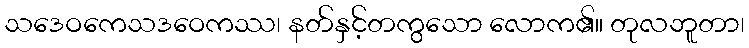
သဒေဝကေသဒဝေကဿ၊ နတ်နှင့်တကွသော လောက၏။ တုလဘူတာ၊